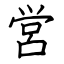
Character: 営